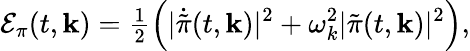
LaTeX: {\cal E}_{\pi}(t,{\mathbf k})={\textstyle{\frac{1}{2}}}\Bigl(\vert\dot{\tilde{\pi}}(t,{\mathbf k})\vert^{2}+\omega_{k}^{2}\vert\tilde{\pi}(t,{\mathbf k})\vert^{2}\Bigr),